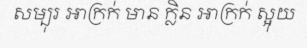
សម្បុរ អាក្រក់ មាន ក្លិន អាក្រក់ ស្អុយ